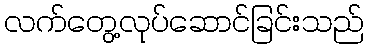
လက်တွေ့လုပ်ဆောင်ခြင်းသည်